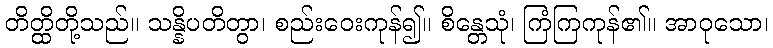
တိတ္ထိတို့သည်။ သန္နိပတိတွာ၊ စည်းဝေးကုန်၍။ စိန္တေသုံ၊ ကြံကြကုန်၏။ အာဝုသော၊